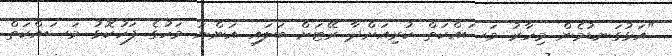
"އަޅުގަނޑުމެން މިހާރު މަސައްކަތް ކުރިއަށްދާ ރޭޓަށް ބަލައި އަންނަ މަހުގެ ފަހުކޮޅު މަސައްކަތް